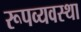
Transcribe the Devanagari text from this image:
रूपव्यवस्था